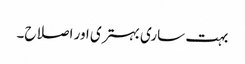
بہت ساری بہتری اور اصلاح۔